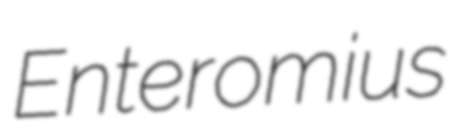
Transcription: Enteromius